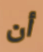
أن